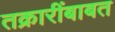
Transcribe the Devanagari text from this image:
तक्रारींबाबत